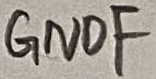
Text: GNDF